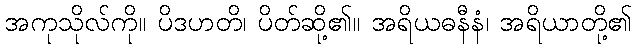
အကုသိုလ်ကို။ ပိဒဟတိ၊ ပိတ်ဆို့၏။ အရိယဓနီနံ၊ အရိယာတို့၏